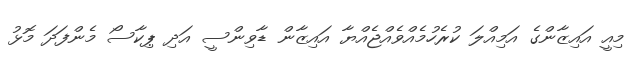
މިއީ އައިޒާންގެ އަމިއްލަ ކުރެހުމެއްވެއްޖެއްޔާ އައިޒާން ޑާވިންސީ އަދި ޕިކާސޯ މެންފަދަ މޮޅު